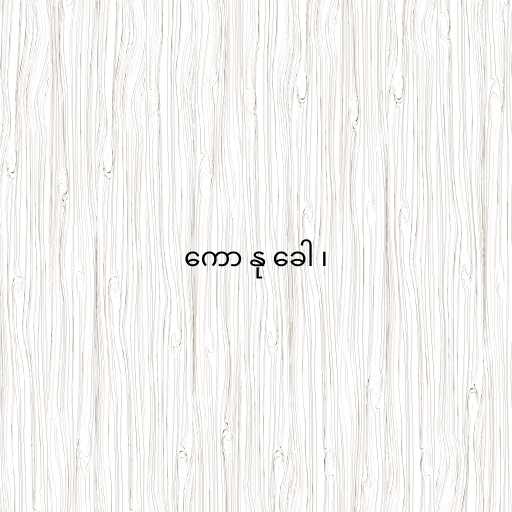
ကော နု ခေါ ၊